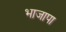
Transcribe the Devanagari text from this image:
भाजापा